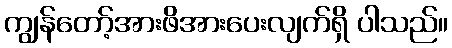
ကျွန်တော့်အားဖိအားပေးလျက်ရှိ ပါသည်။